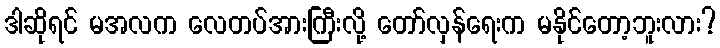
ဒါဆိုရင် မအလက လေတပ်အားကြီးလို့ တော်လှန်ရေးက မနိုင်တော့ဘူးလား?